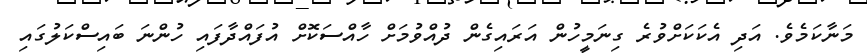
މަނާކަމެވެ. އަދި އެކަކަށްވުރެ ގިނަމީހުން އަރައިގެން ދުއްވުމަށް ހާއްސަކޮށް އުފައްދާފައި ހުންނަ ބައިސްކަލުގައި